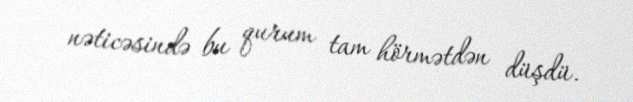
nəticəsində bu qurum tam hörmətdən düşdü.